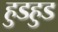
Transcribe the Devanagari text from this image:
हुडहुड